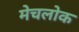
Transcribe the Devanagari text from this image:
मेचलोक